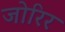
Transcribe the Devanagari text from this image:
जोरिर